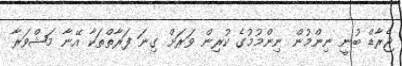
ޖެރާޑް ބުނީ ނިންމުން ނިންމުމުގެ ކުރިން ވަރަށް ގިނަ ފަރާތްތަކާ އޭނާ މަޝްވަރާ